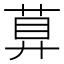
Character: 萛